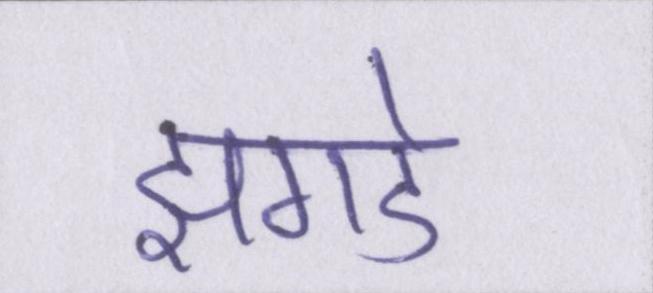
झगडे